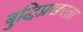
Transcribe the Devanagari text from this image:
बुद्धिप्रखरता